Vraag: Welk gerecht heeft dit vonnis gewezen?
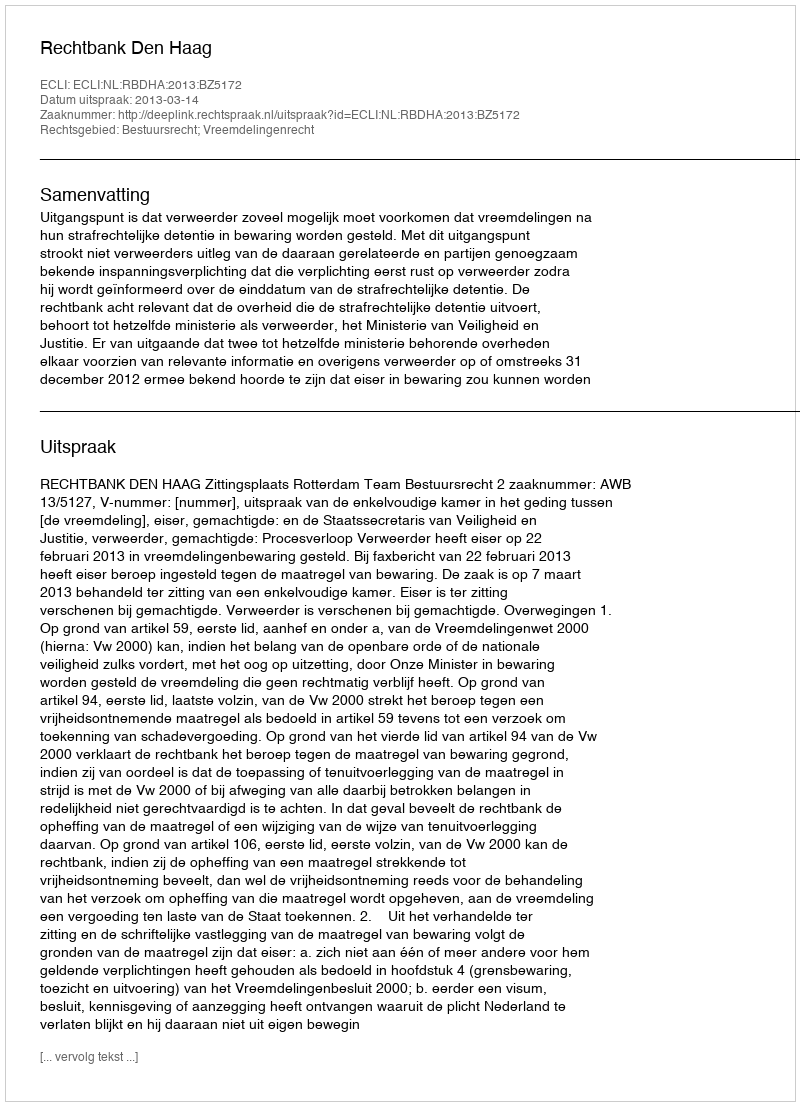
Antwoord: Rechtbank Den Haag